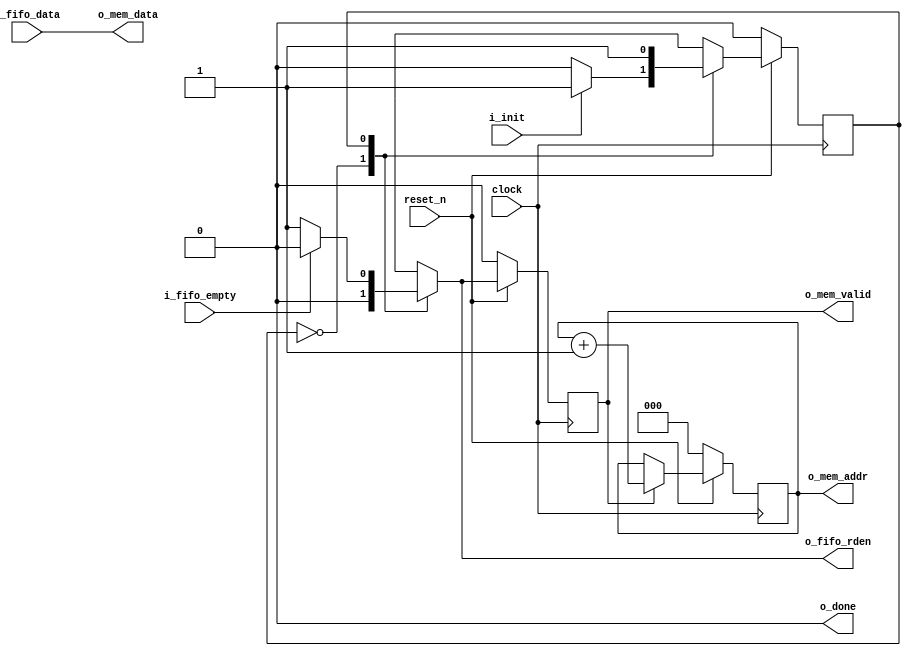
module mem_update #(

		    parameter integer PRECISION = 16,
		    parameter integer CENTRE_WIDTH = 16,
		    parameter integer DIMENSION = 4,
		    parameter integer INPUT_WIDTH= DIMENSION*CENTRE_WIDTH,
		    parameter integer OUTPUT_WIDTH = DIMENSION*CENTRE_WIDTH,
		    parameter integer K = 10,
		    parameter integer ADDR_BITS = 3
		    )
   (
    clock,
    reset_n,
    i_fifo_data,
    i_fifo_empty,
    i_init,
    o_fifo_rden,
    o_done,
    o_mem_data,
    o_mem_addr,
    o_mem_valid
   
    );

   //INPUTS
   input 			      clock,reset_n;
   input [INPUT_WIDTH-1:0] 	      i_fifo_data;
   input 			      i_fifo_empty;
   input 			      i_init;
   

   //OUTPUTS
   output 			      o_fifo_rden;
   output  			      o_done;
   output [OUTPUT_WIDTH-1:0] 	      o_mem_data;
   output [ADDR_BITS-1:0] 	      o_mem_addr;
   output  			      o_mem_valid;


   parameter integer 		      IDLE = 1'b0, RUNNING = 1'b1;

   reg 				      current_state,next_state;
   
   reg 				      fifo_rden;
   reg 				      mem_valid;
   
   // INTERNAL REGISTERS   
   reg [ADDR_BITS-1:0] 		      counter;




   always @ (*/*asd*/)
     begin
	case (current_state)
	  IDLE:
	    begin
	       if (i_init)
		 next_state = RUNNING;
	       else
		 next_state = IDLE;
	    end
	  RUNNING:
	    begin
	       if (counter == K)
		 next_state = IDLE;
	       else
		 next_state = RUNNING;
	    end
	endcase // case (current_state)
     end

   
   always @(posedge clock)
     begin
	if (!reset_n)
	  current_state = IDLE;

	else
	  current_state = next_state;
     end


   always @(* /*asd*/)
     begin
	fifo_rden = 1'b0;
	//o_mem_valid = 1'b0;
	
	case (current_state)
	  IDLE:
	    begin
	       
	    end
	  RUNNING:
	    begin
	       if (!i_fifo_empty)
		 fifo_rden = 1'b1;
	       //if (o_fifo_rden)
		//o_mem_valid <= 1'b1;
	       
	    end
	  
	endcase // case (current_state)
     end

   always @ (posedge clock)
     begin
	if (!reset_n )
	  mem_valid <= 1'b0;
	else
	  mem_valid <= fifo_rden;
     end
	     
   // counter with synch enable
   always @(posedge clock)
     begin
        if(!reset_n || counter == K)
          counter = 0;
        else if (mem_valid == 1'b1) // whenever a valid output is produced
          counter = counter + 1'b1;
        else
          counter = counter;

	
     end

   assign o_mem_addr = counter;
   assign o_done = (counter == K);
   assign o_mem_data = i_fifo_data;
   assign o_mem_valid = mem_valid;
   assign o_fifo_rden = fifo_rden;
   
   
   
endmodule